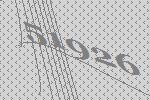
51926